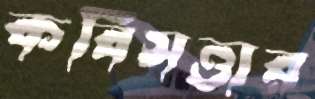
কবিসত্তার